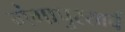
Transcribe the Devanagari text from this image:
गंगापुरखर्च